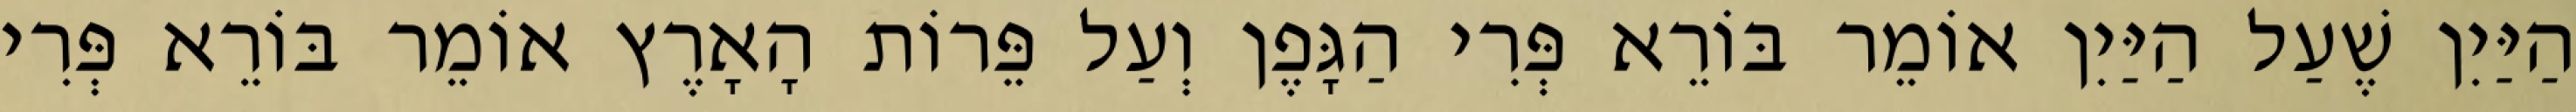
הַיַּיִן שֶׁעַל הַיַּיִן אוֹמֵר בּוֹרֵא פְּרִי הַגָּפֶן וְעַל פֵּרוֹת הָאָרֶץ אוֹמֵר בּוֹרֵא פְּרִי